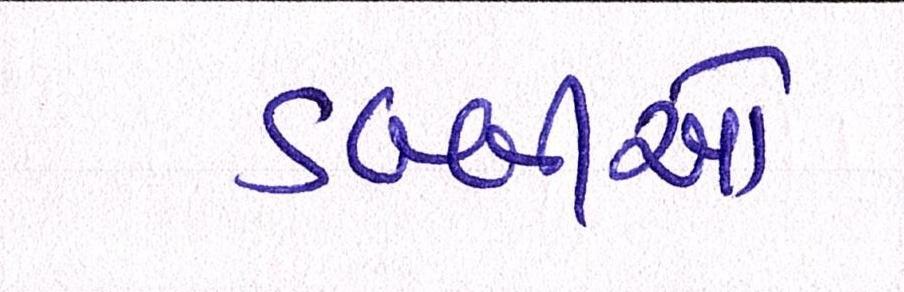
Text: ડબ્બીઓ